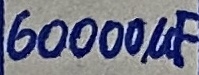
Text: 60000µF